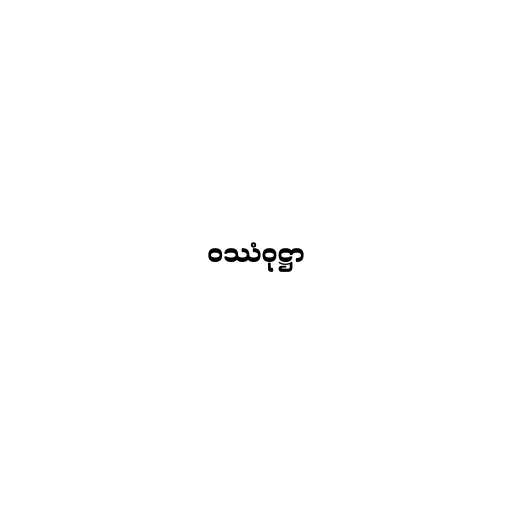
ဝဿံဝုဋ္ဌာ